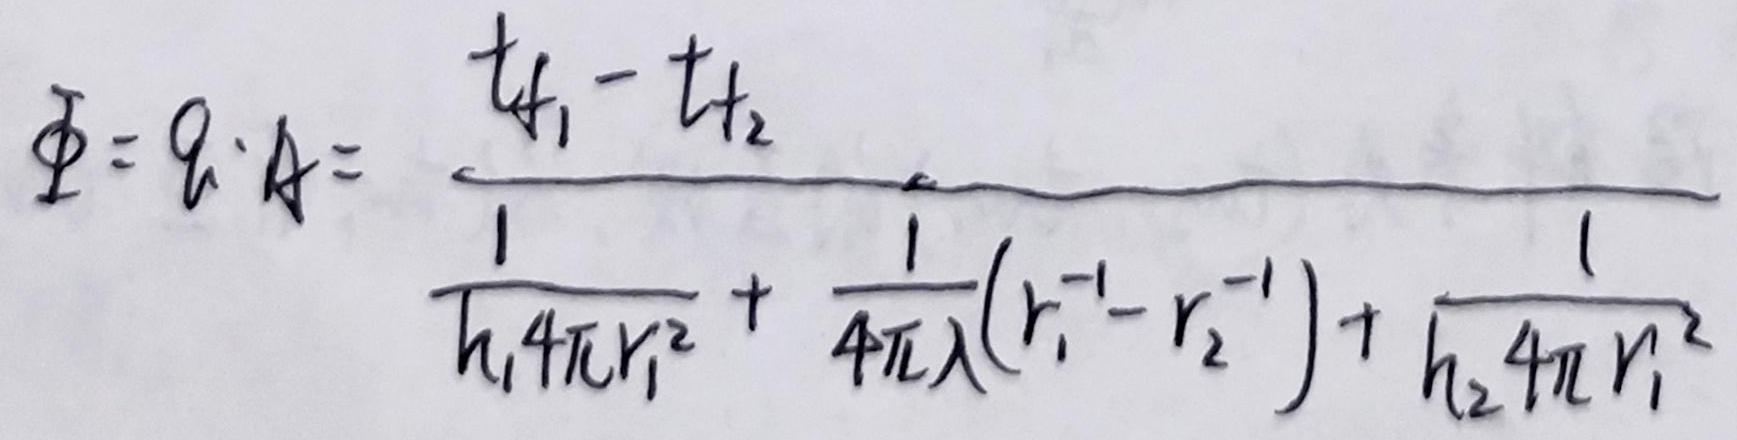
$\varPhi = q \cdot A = \frac{t_{f_1}-t_{f_2}}{\frac{1}{h_1 4 \pi r_1^2}+\frac{1}{4 \pi \lambda}(r_1^{-1}-r_2^{-1})+\frac{1}{h_2 4 \pi r_1^2}}$